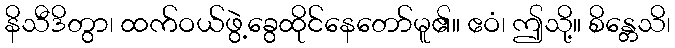
နိသီဒိတွာ၊ ထက်ဝယ်ဖွဲ့ခွေထိုင်နေတော်မူ၏။ ဧဝံ၊ ဤသို့။ စိန္တေသိ၊